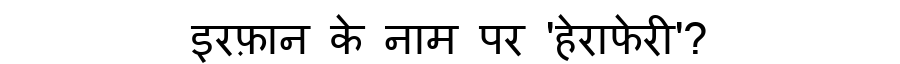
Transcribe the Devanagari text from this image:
इरफ़ान के नाम पर 'हेराफेरी'?